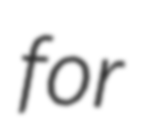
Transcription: for